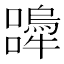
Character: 𭌨